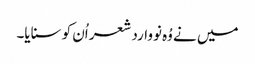
میں نے وُہ نووارد شعر اُن کو سنایا۔